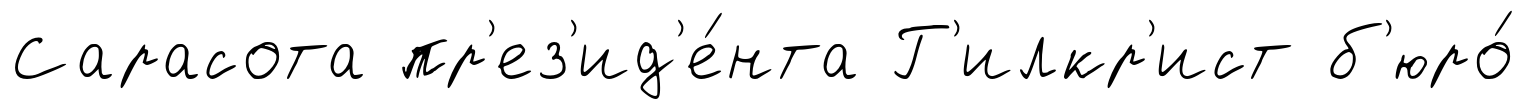
Сарасота пр'ез'ид'е́нта Г'илкр'ист б'юро́